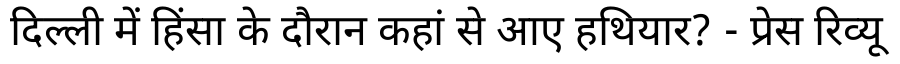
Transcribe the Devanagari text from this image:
दिल्ली में हिंसा के दौरान कहां से आए हथियार? - प्रेस रिव्यू